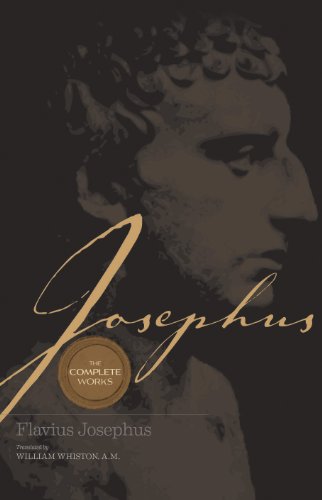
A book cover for Josephus: The Complete Works; Josephus; History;